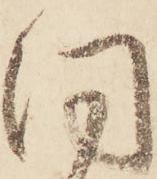
同